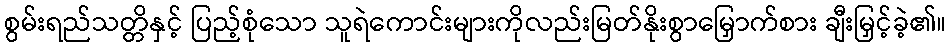
စွမ်းရည်သတ္တိနှင့် ပြည့်စုံသော သူရဲကောင်းများကိုလည်းမြတ်နိုးစွာမြှောက်စား ချီးမြှင့်ခဲ့၏။